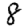
Digit: 8